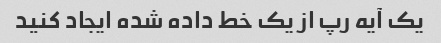
یک آیه رپ از یک خط داده شده ایجاد کنید